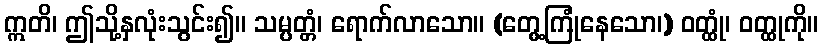
ဣတိ၊ ဤသို့နှလုံးသွင်း၍။ သမ္ပတ္တံ၊ ရောက်လာသော။ (တွေ့ကြုံနေသော၊) ဝတ္ထုံ၊ ဝတ္ထုကို။